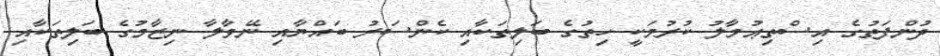
ދުންފަތުގެ އިސްތިޢުމާލު ކުރުމަކީ ހިތުގެ ބަލިތަކާއި ކެންސަރު ބައްޔާއި ނޭވާލާ ނިޒާމުގެ ބަލިތަކާއި